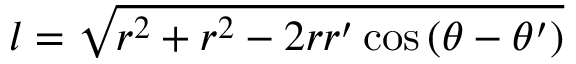
l = \sqrt { r ^ { 2 } + r ^ { 2 } - 2 r r ^ { \prime } \cos { ( \theta - \theta ^ { \prime } ) } }